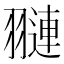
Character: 翴